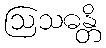
ဩသဓန္တိ